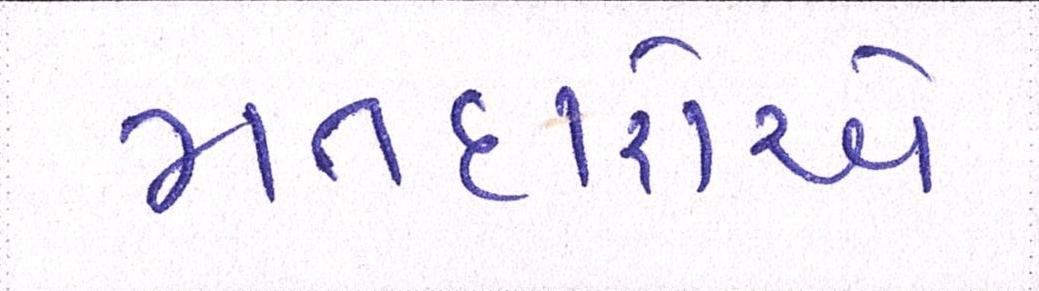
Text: મતદારોએ